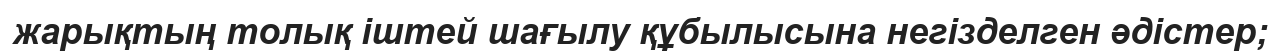
жарықтың толық іштей шағылу құбылысына негізделген әдістер;